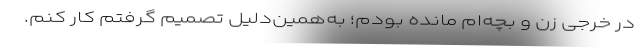
در خرجی زن و بچه‌ام مانده بودم؛ به‌همین‌دلیل تصمیم گرفتم کار کنم.